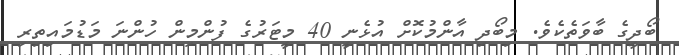
ބޯދީގެ ބާވަތެކެވެ. މިބޯދި އާންމުކޮށް އުޅެނީ 40 މީޓަރުގެ ފުންމިން ހުންނަ މަޑުމައިތިރި